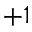
+ 1